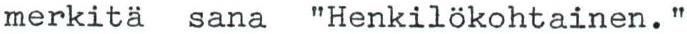
merkitä sana "Henkilökohtainen."